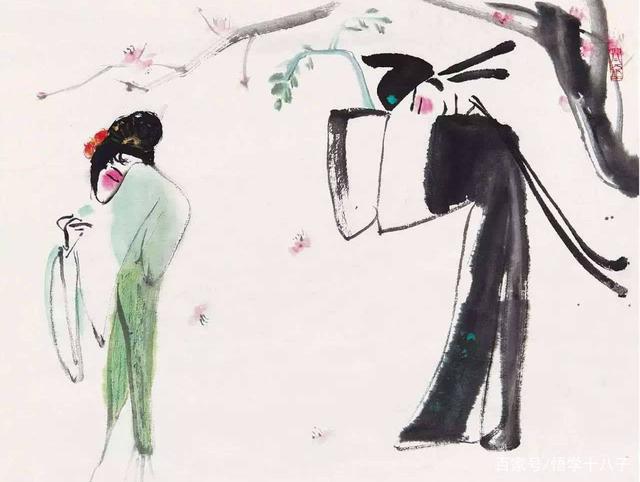
养其小者为小人，养其大者为大人。